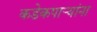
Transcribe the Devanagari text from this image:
कडेकपाऱ्यांना